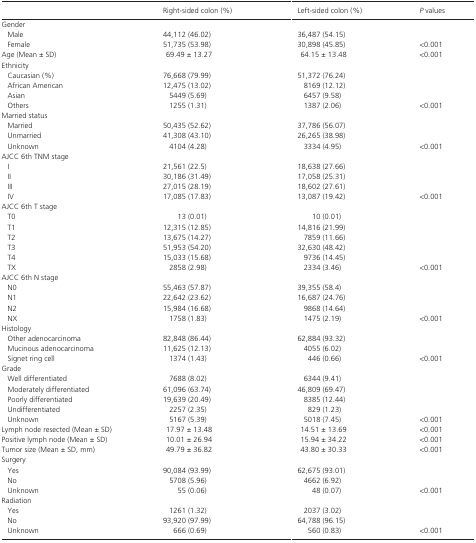
<table><thead><tr><td></td><td><b>Right‐sided colon (%)</b></td><td><b>Left‐sided colon (%)</b></td><td><b><i>P</i> values</b></td></tr></thead><tbody><tr><td colspan="4">Gender</td></tr><tr><td>Male</td><td>44,112 (46.02)</td><td>36,487 (54.15)</td><td></td></tr><tr><td>Female</td><td>51,735 (53.98)</td><td>30,898 (45.85)</td><td>&lt;0.001</td></tr><tr><td>Age (Mean ± SD)</td><td>69.49 ± 13.27</td><td>64.15 ± 13.48</td><td>&lt;0.001</td></tr><tr><td colspan="4">Ethnicity</td></tr><tr><td>Caucasian (%)</td><td>76,668 (79.99)</td><td>51,372 (76.24)</td><td></td></tr><tr><td>African American</td><td>12,475 (13.02)</td><td>8169 (12.12)</td><td></td></tr><tr><td>Asian</td><td>5449 (5.69)</td><td>6457 (9.58)</td><td></td></tr><tr><td>Others</td><td>1255 (1.31)</td><td>1387 (2.06)</td><td>&lt;0.001</td></tr><tr><td colspan="4">Married status</td></tr><tr><td>Married</td><td>50,435 (52.62)</td><td>37,786 (56.07)</td><td></td></tr><tr><td>Unmarried</td><td>41,308 (43.10)</td><td>26,265 (38.98)</td><td></td></tr><tr><td>Unknown</td><td>4104 (4.28)</td><td>3334 (4.95)</td><td>&lt;0.001</td></tr><tr><td colspan="4">AJCC 6th TNM stage</td></tr><tr><td>I</td><td>21,561 (22.5)</td><td>18,638 (27.66)</td><td></td></tr><tr><td>II</td><td>30,186 (31.49)</td><td>17,058 (25.31)</td><td></td></tr><tr><td>III</td><td>27,015 (28.19)</td><td>18,602 (27.61)</td><td></td></tr><tr><td>IV</td><td>17,085 (17.83)</td><td>13,087 (19.42)</td><td>&lt;0.001</td></tr><tr><td colspan="4">AJCC 6th T stage</td></tr><tr><td>T0</td><td>13 (0.01)</td><td>10 (0.01)</td><td></td></tr><tr><td>T1</td><td>12,315 (12.85)</td><td>14,816 (21.99)</td><td></td></tr><tr><td>T2</td><td>13,675 (14.27)</td><td>7859 (11.66)</td><td></td></tr><tr><td>T3</td><td>51,953 (54.20)</td><td>32,630 (48.42)</td><td></td></tr><tr><td>T4</td><td>15,033 (15.68)</td><td>9736 (14.45)</td><td></td></tr><tr><td>TX</td><td>2858 (2.98)</td><td>2334 (3.46)</td><td>&lt;0.001</td></tr><tr><td colspan="4">AJCC 6th N stage</td></tr><tr><td>N0</td><td>55,463 (57.87)</td><td>39,355 (58.4)</td><td></td></tr><tr><td>N1</td><td>22,642 (23.62)</td><td>16,687 (24.76)</td><td></td></tr><tr><td>N2</td><td>15,984 (16.68)</td><td>9868 (14.64)</td><td></td></tr><tr><td>NX</td><td>1758 (1.83)</td><td>1475 (2.19)</td><td>&lt;0.001</td></tr><tr><td colspan="4">Histology</td></tr><tr><td>Other adenocarcinoma</td><td>82,848 (86.44)</td><td>62,884 (93.32)</td><td></td></tr><tr><td>Mucinous adenocarcinoma</td><td>11,625 (12.13)</td><td>4055 (6.02)</td><td></td></tr><tr><td>Signet ring cell</td><td>1374 (1.43)</td><td>446 (0.66)</td><td>&lt;0.001</td></tr><tr><td colspan="4">Grade</td></tr><tr><td>Well differentiated</td><td>7688 (8.02)</td><td>6344 (9.41)</td><td></td></tr><tr><td>Moderately differentiated</td><td>61,096 (63.74)</td><td>46,809 (69.47)</td><td></td></tr><tr><td>Poorly differentiated</td><td>19,639 (20.49)</td><td>8385 (12.44)</td><td></td></tr><tr><td>Undifferentiated</td><td>2257 (2.35)</td><td>829 (1.23)</td><td></td></tr><tr><td>Unknown</td><td>5167 (5.39)</td><td>5018 (7.45)</td><td>&lt;0.001</td></tr><tr><td>Lymph node resected (Mean ± SD)</td><td>17.97 ± 13.48</td><td>14.51 ± 13.69</td><td>&lt;0.001</td></tr><tr><td>Positive lymph node (Mean ± SD)</td><td>10.01 ± 26.94</td><td>15.94 ± 34.22</td><td>&lt;0.001</td></tr><tr><td>Tumor size (Mean ± SD, mm)</td><td>49.79 ± 36.82</td><td>43.80 ± 30.33</td><td>&lt;0.001</td></tr><tr><td colspan="4">Surgery</td></tr><tr><td>Yes</td><td>90,084 (93.99)</td><td>62,675 (93.01)</td><td></td></tr><tr><td>No</td><td>5708 (5.96)</td><td>4662 (6.92)</td><td></td></tr><tr><td>Unknown</td><td>55 (0.06)</td><td>48 (0.07)</td><td>&lt;0.001</td></tr><tr><td colspan="4">Radiation</td></tr><tr><td>Yes</td><td>1261 (1.32)</td><td>2037 (3.02)</td><td></td></tr><tr><td>No</td><td>93,920 (97.99)</td><td>64,788 (96.15)</td><td></td></tr><tr><td>Unknown</td><td>666 (0.69)</td><td>560 (0.83)</td><td>&lt;0.001</td></tr></tbody></table>